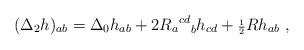
\begin{align*}({\Delta}_2h)_{ab}={\Delta}_0h_{ab} +2{{R_{a}}^{cd}}_{b}h_{cd} + {\scriptstyle{\frac{1}{2}}}Rh_{ab}\ ,\end{align*}